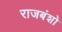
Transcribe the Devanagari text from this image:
राजबंशो